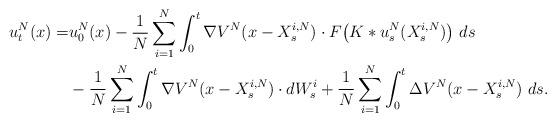
LaTeX: \begin{align*}u^N_t(x)=&u^N_0(x) - \frac{1}{N} \sum_{i=1}^N \int_0^t \nabla V^N (x- X_s^{i,N}) \cdot F\big( K\ast u^N_s (X_{s}^{i,N})\big)\ ds \\&- \frac{1}{N} \sum_{i=1}^N \int_0^t \nabla V^N (x- X_s^{i,N})\cdot dW^i_s + \frac{1}{N} \sum_{i=1}^N \int_0^t \Delta V^N (x- X_s^{i,N}) \ ds.\end{align*}